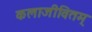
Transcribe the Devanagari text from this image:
कलाजीवितम्